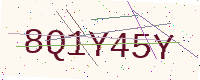
Text: 8Q1Y45Y